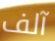
آلف